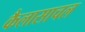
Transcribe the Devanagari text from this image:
कैलासाचल